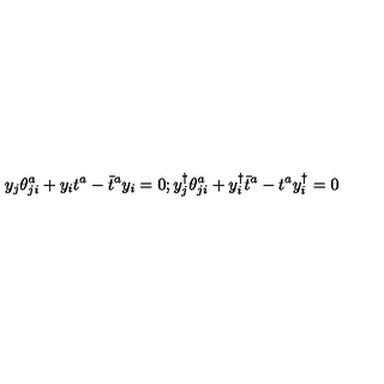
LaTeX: y _ { j } \theta _ { j i } ^ { a } + y _ { i } t ^ { a } - \bar { t } ^ { a } y _ { i } = 0 ; y _ { j } ^ { \dagger } \theta _ { j i } ^ { a } + y _ { i } ^ { \dagger } \bar { t } ^ { a } - t ^ { a } y _ { i } ^ { \dagger } = 0